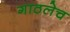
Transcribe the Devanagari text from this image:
गाठलेच